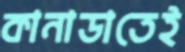
কানাডাতেই